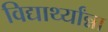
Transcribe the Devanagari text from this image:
विद्यार्थ्यांन्ना